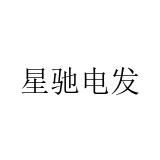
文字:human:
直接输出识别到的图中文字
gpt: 星驰电发